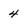
Character: 4